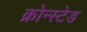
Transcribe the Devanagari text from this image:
क्रोन्स्टेड